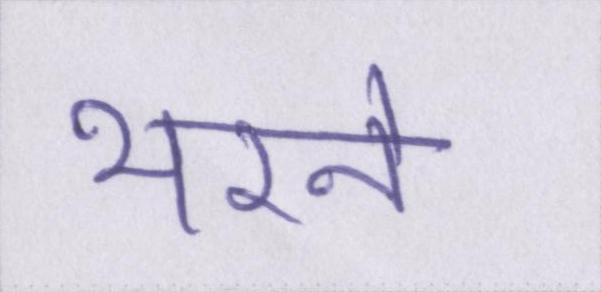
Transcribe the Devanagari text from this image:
भरने